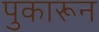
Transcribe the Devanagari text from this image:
पुकारून